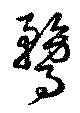
鶩